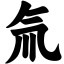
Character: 氚